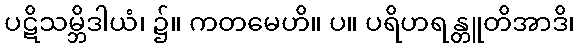
ပဋိသမ္ဘိဒါယံ၊ ၌။ ကတမေဟိ။ ပ။ ပရိဟရန္တူတိအာဒိ၊